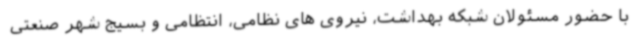
با حضور مسئولان شبکه بهداشت، نیروی های نظامی، انتظامی و بسیج شهر صنعتی